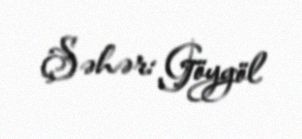
Şəhər: Göygöl